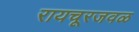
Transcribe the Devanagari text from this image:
रायचूरजवळ